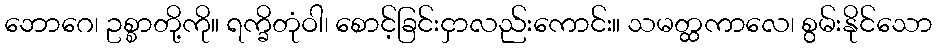
ဘောဂေ၊ ဥစ္စာတို့ကို။ ရက္ခိတုံဝါ၊ စောင့်ခြင်းငှာလည်းကောင်း။ သမတ္ထကာလေ၊ စွမ်းနိုင်သော